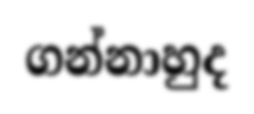
ගන්නාහුද